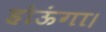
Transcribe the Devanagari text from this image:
होऊंगा।